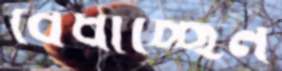
বেঁধাচ্ছেন